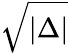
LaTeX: \sqrt{|\Delta|}